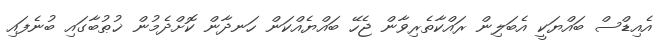
އެއިޑްސް ބައްޔަކީ އެބަލިން ރައްކާތެރިވާން ޖެހޭ ބައްޔެއްކަން ހަނދާން ކޮށްދެމުން ޚުޠުބާގައި ބުނެފައި